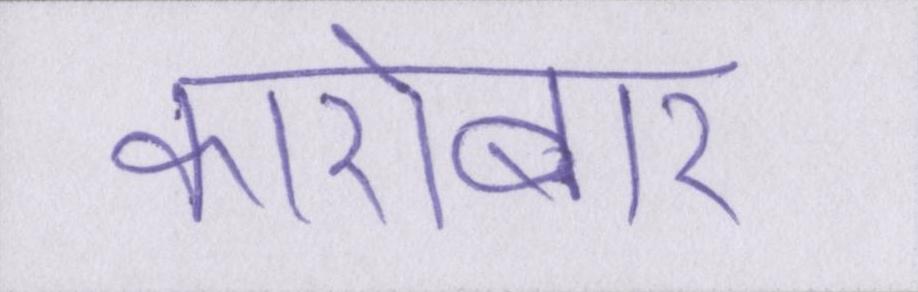
कारोबार